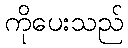
ကိုပေးသည်